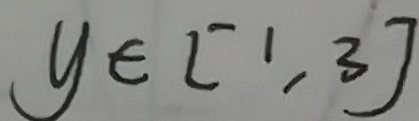
y \in [ 1 , 3 ]